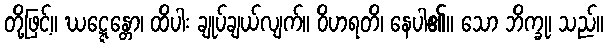
တို့ဖြင့်။ ဃဋ္ဋေန္တော၊ ထိပါး ချုပ်ချယ်လျက်။ ဝိဟရတိ၊ နေပါ၏။ သော ဘိက္ခု၊ သည်။